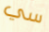
سي